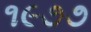
૧૯૭૭